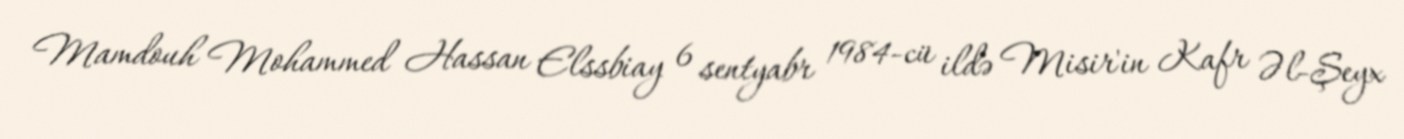
Mamdouh Mohammed Hassan Elssbiay 6 sentyabr 1984-cü ildə Misir'in Kafr Əl-Şeyx